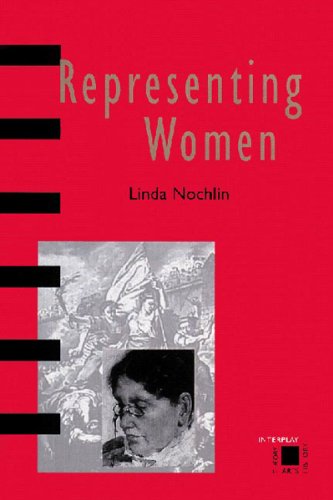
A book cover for Representing Women; Linda Nochlin; Politics & Social Sciences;